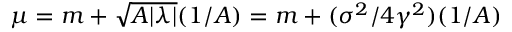
\mu = m + \sqrt { A | \lambda | } ( 1 / A ) = m + ( \sigma ^ { 2 } / 4 \gamma ^ { 2 } ) ( 1 / A )